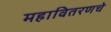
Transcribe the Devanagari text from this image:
महावितरणचे